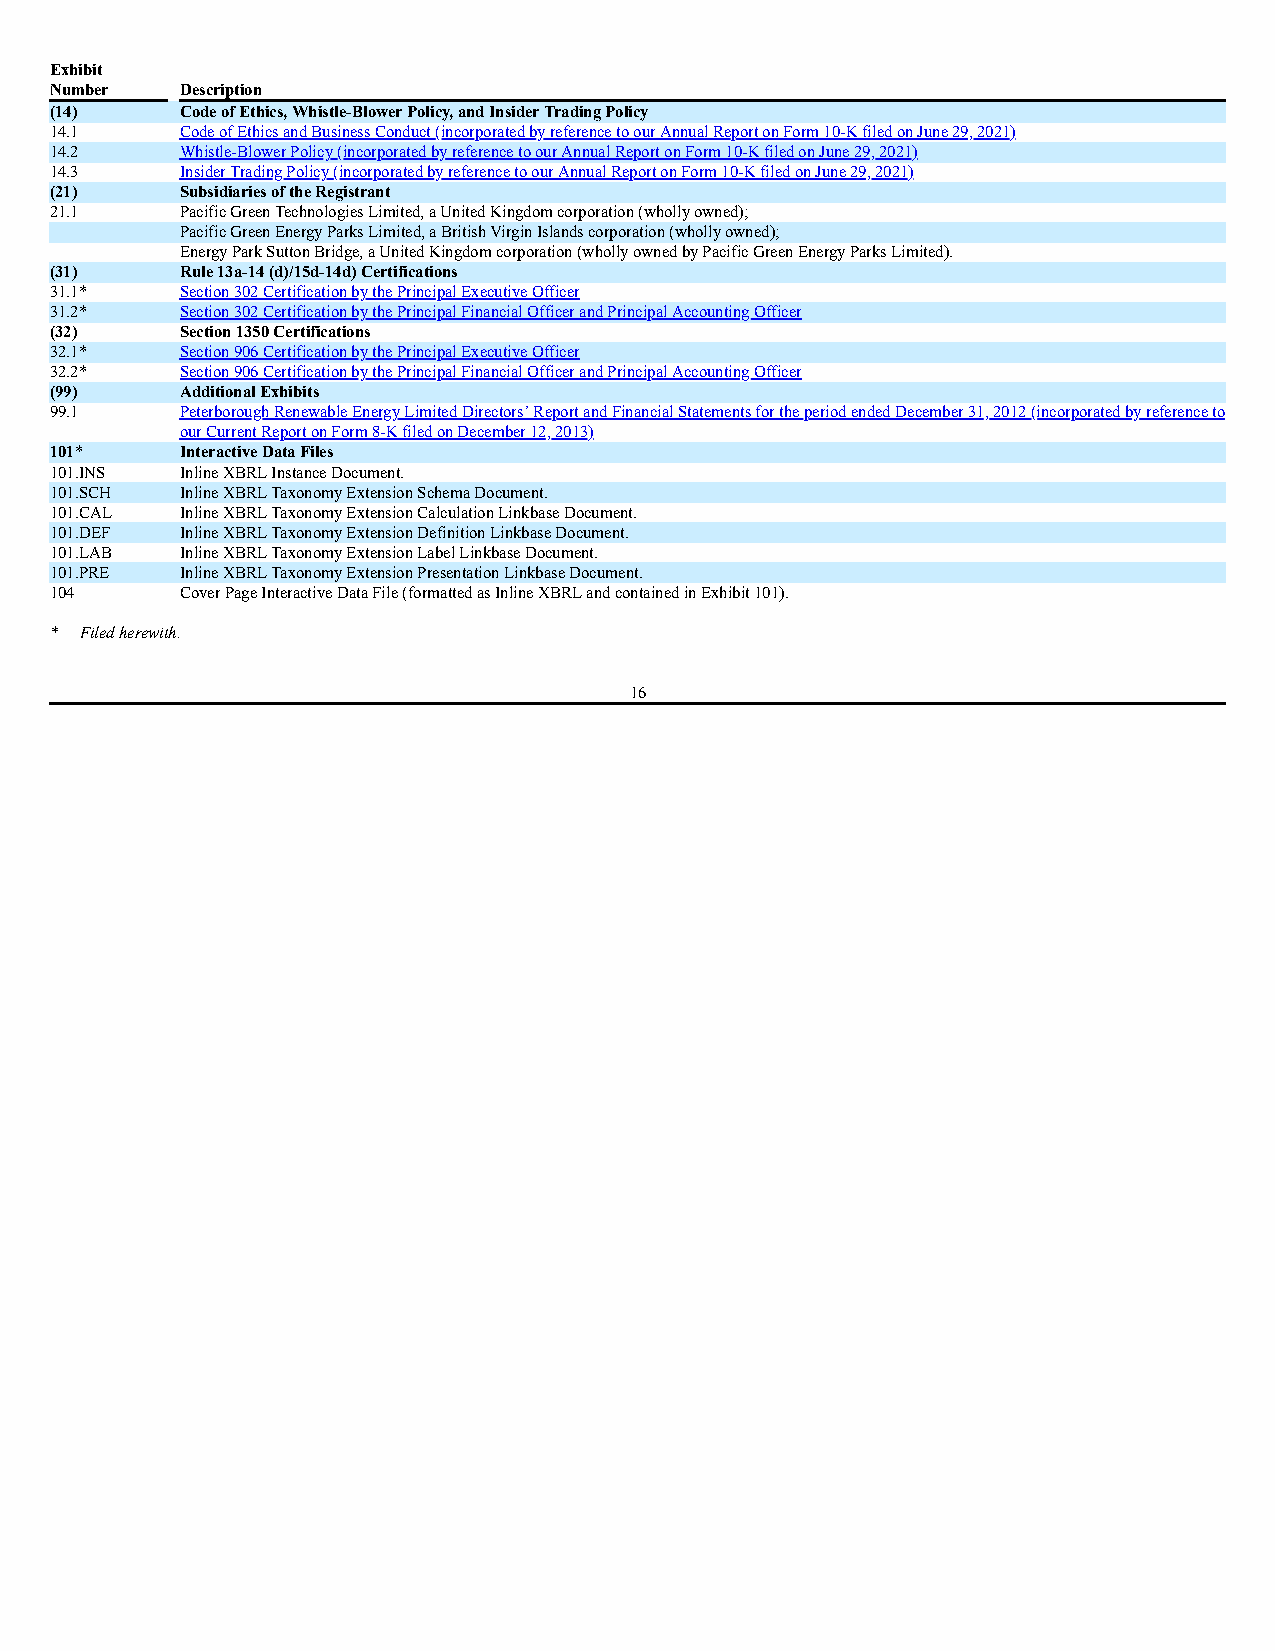
Exhibit
 Number   Description
 (14)     Code of Ethics, Whistle-Blower Policy, and Insider Trading Policy
 14.1     Code of Ethics and Business Conduct (incorporated by reference to our Annual Report on Form 10-K filed on June 29, 2021)
 14.2     Whistle-Blower Policy (incorporated by reference to our Annual Report on Form 10-K filed on June 29, 2021)
 14.3     Insider Trading Policy (incorporated by reference to our Annual Report on Form 10-K filed on June 29, 2021)
 (21)     Subsidiaries of the Registrant
 21.1     Pacific Green Technologies Limited, a United Kingdom corporation (wholly owned);
 Pacific Green Energy Parks Limited, a British Virgin Islands corporation (wholly owned);
 Energy Park Sutton Bridge, a United Kingdom corporation (wholly owned by Pacific Green Energy Parks Limited).
 (31)     Rule 13a-14 (d)/15d-14d) Certifications
 31.1*    Section 302 Certification by the Principal Executive Officer
 31.2*    Section 302 Certification by the Principal Financial Officer and Principal Accounting Officer
 (32)     Section 1350 Certifications
 32.1*    Section 906 Certification by the Principal Executive Officer
 32.2*    Section 906 Certification by the Principal Financial Officer and Principal Accounting Officer
 (99)     Additional Exhibits
 99.1     Peterborough Renewable Energy Limited Directors’ Report and Financial Statements for the period ended December 31, 2012 (incorporated by reference to
 our Current Report on Form 8-K filed on December 12, 2013)
 101*     Interactive Data Files
 101.INS  Inline XBRL Instance Document.
 101.SCH  Inline XBRL Taxonomy Extension Schema Document.
 101.CAL  Inline XBRL Taxonomy Extension Calculation Linkbase Document.
 101.DEF  Inline XBRL Taxonomy Extension Definition Linkbase Document.
 101.LAB  Inline XBRL Taxonomy Extension Label Linkbase Document.
 101.PRE  Inline XBRL Taxonomy Extension Presentation Linkbase Document.
 104      Cover Page Interactive Data File (formatted as Inline XBRL and contained in Exhibit 101).
 * Filed herewith.
 16